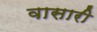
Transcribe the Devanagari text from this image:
वासारी